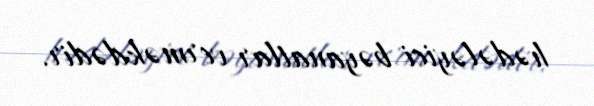
hədələyici bəyanatlar verməkdədir.